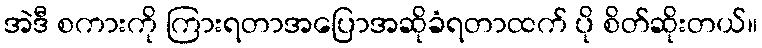
အဲဒီ စကားကို ကြားရတာအပြောအဆိုခံရတာထက် ပို စိတ်ဆိုးတယ်။